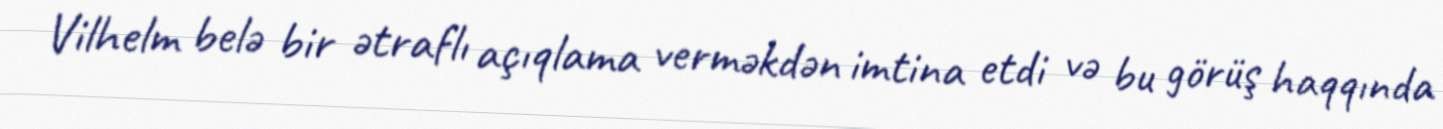
Vilhelm belə bir ətraflı açıqlama verməkdən imtina etdi və bu görüş haqqında